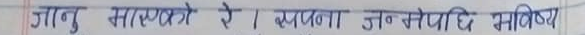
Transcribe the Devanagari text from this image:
जानु मयस्थरे । व्यकना उन गेपादि सनिष्य